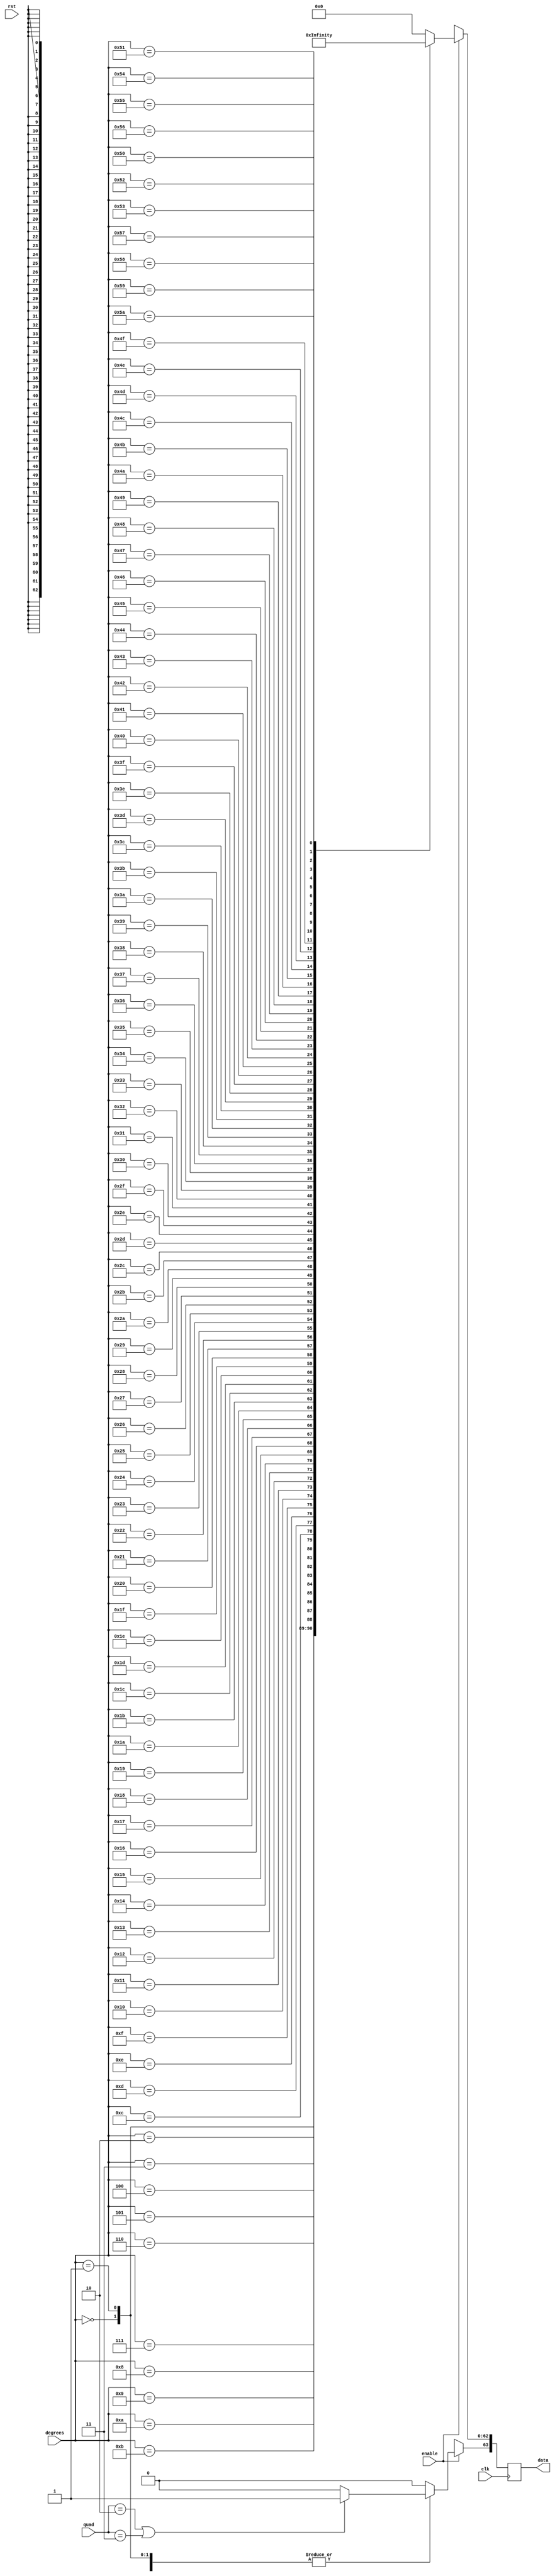
/////////////////////////////////////////////////////////////////////
////                                                             ////
////                                                          ////
////  Trigonometric functions using double precision Floating Point Unit        ////
////                                                             ////
////          muni_aditya@yahoo.com                                ////
////                                                             ////
/////////////////////////////////////////////////////////////////////
////                                                             ////
//// Copyright (C) 2013 Muni Aditya                           ////
////                  muni_aditya@yahoo.com                        ////
////                                                             ////
//// This source file may be used and distributed without        ////
//// restriction provided that this copyright statement is not   ////
//// removed from the file and that any derivative work contains ////
//// the original copyright notice and the associated disclaimer.////
////                                                             ////
////     THIS SOFTWARE IS PROVIDED ``AS IS'' AND WITHOUT ANY     ////
//// EXPRESS OR IMPLIED WARRANTIES, INCLUDING, BUT NOT LIMITED   ////
//// TO, THE IMPLIED WARRANTIES OF MERCHANTABILITY AND FITNESS   ////
//// FOR A PARTICULAR PURPOSE. IN NO EVENT SHALL THE AUTHOR      ////
//// OR CONTRIBUTORS BE LIABLE FOR ANY DIRECT, INDIRECT,         ////
//// INCIDENTAL, SPECIAL, EXEMPLARY, OR CONSEQUENTIAL DAMAGES    ////
//// (INCLUDING, BUT NOT LIMITED TO, PROCUREMENT OF SUBSTITUTE   ////
//// GOODS OR SERVICES; LOSS OF USE, DATA, OR PROFITS; OR        ////
//// BUSINESS INTERRUPTION) HOWEVER CAUSED AND ON ANY THEORY OF  ////
//// LIABILITY, WHETHER IN  CONTRACT, STRICT LIABILITY, OR TORT  ////
//// (INCLUDING NEGLIGENCE OR OTHERWISE) ARISING IN ANY WAY OUT  ////
//// OF THE USE OF THIS SOFTWARE, EVEN IF ADVISED OF THE         ////
//// POSSIBILITY OF SUCH DAMAGE.                                 ////
////                                                             ////
/////////////////////////////////////////////////////////////////////


`timescale 1ns / 100ps

`define INPUT_WIDTH 32

module cosecant_lut (quad, enable, degrees, data, rst, clk);

input [1:0] quad;
input enable;
input rst;
input [`INPUT_WIDTH-1:0] degrees ;
input clk;

//////////////inputs/////////////////

output reg [63:0] data;

//////////////output/////////////////


always@(posedge clk )

// needs to be positive in first and second quadrants


 begin
        if (quad == 2'b10 || quad == 2'b11)
        begin
        data[63] <= 1'b1;
        end

        else
        begin
        data[63] <= 1'b0;
        end
 
	if(enable)
	case (degrees)

// look up table
	  
`INPUT_WIDTH'd0  : data[62:0] <= 64'h7ff0000000000000;
`INPUT_WIDTH'd1  : data[62:0] <= 64'h404ca63b6cba7b71;
`INPUT_WIDTH'd2  : data[62:0] <= 64'h403ca7596e271c86;
`INPUT_WIDTH'd3  : data[62:0] <= 64'h40331b797e990dc0;
`INPUT_WIDTH'd4  : data[62:0] <= 64'h402cabd2100d036c;
`INPUT_WIDTH'd5  : data[62:0] <= 64'h4026f28a8ae3ab08;
`INPUT_WIDTH'd6  : data[62:0] <= 64'h4023222ff85e6006;
`INPUT_WIDTH'd7  : data[62:0] <= 64'h402069387b617567;
`INPUT_WIDTH'd8  : data[62:0] <= 64'h401cbdbe5febffb0;
`INPUT_WIDTH'd9  : data[62:0] <= 64'h401991df41de341d;
`INPUT_WIDTH'd10 : data[62:0] <= 64'h401708fb2129168e;
`INPUT_WIDTH'd11 : data[62:0] <= 64'h4014f69f90704701;
`INPUT_WIDTH'd12 : data[62:0] <= 64'h40133d2b00047f03;
`INPUT_WIDTH'd13 : data[62:0] <= 64'h4011c819f29be025;
`INPUT_WIDTH'd14 : data[62:0] <= 64'h401088c56499f439;
`INPUT_WIDTH'd15 : data[62:0] <= 64'h400ee8dd4748bf16;
`INPUT_WIDTH'd16 : data[62:0] <= 64'h400d060d6ac58d68;
`INPUT_WIDTH'd17 : data[62:0] <= 64'h400b5cc824ec982e;
`INPUT_WIDTH'd18 : data[62:0] <= 64'h4009e3779b97f4a8;
`INPUT_WIDTH'd19 : data[62:0] <= 64'h4008928aa26c4c08;
`INPUT_WIDTH'd20 : data[62:0] <= 64'h400763f38fb4cf95;
`INPUT_WIDTH'd21 : data[62:0] <= 64'h400652cbf905707a;
`INPUT_WIDTH'd22 : data[62:0] <= 64'h40055b11998752c1;
`INPUT_WIDTH'd23 : data[62:0] <= 64'h40047974b96de77f;
`INPUT_WIDTH'd24 : data[62:0] <= 64'h4003ab32fb93a3a7;
`INPUT_WIDTH'd25 : data[62:0] <= 64'h4002edfb187b1137;
`INPUT_WIDTH'd26 : data[62:0] <= 64'h40023fd71f682341;
`INPUT_WIDTH'd27 : data[62:0] <= 64'h40019f1b8c9526f0;
`INPUT_WIDTH'd28 : data[62:0] <= 64'h40010a59ff3c94be;
`INPUT_WIDTH'd29 : data[62:0] <= 64'h40008056af82561d;
`INPUT_WIDTH'd30 : data[62:0] <= 64'h4000000000000001;
`INPUT_WIDTH'd31 : data[62:0] <= 64'h3fff10cf62336e31;
`INPUT_WIDTH'd32 : data[62:0] <= 64'h3ffe317ab5700fce;
`INPUT_WIDTH'd33 : data[62:0] <= 64'h3ffd6093ce555fa8;
`INPUT_WIDTH'd34 : data[62:0] <= 64'h3ffc9cd7b485648a;
`INPUT_WIDTH'd35 : data[62:0] <= 64'h3ffbe52877982347;
`INPUT_WIDTH'd36 : data[62:0] <= 64'h3ffb38880b4603e4;
`INPUT_WIDTH'd37 : data[62:0] <= 64'h3ffa9613f8fd7862;
`INPUT_WIDTH'd38 : data[62:0] <= 64'h3ff9fd01bf93f3a3;
`INPUT_WIDTH'd39 : data[62:0] <= 64'h3ff96c9bc1d2abfe;
`INPUT_WIDTH'd40 : data[62:0] <= 64'h3ff8e43eaadf9334;
`INPUT_WIDTH'd41 : data[62:0] <= 64'h3ff863573463a809;
`INPUT_WIDTH'd42 : data[62:0] <= 64'h3ff7e9603e24eb24;
`INPUT_WIDTH'd43 : data[62:0] <= 64'h3ff775e129d20b11;
`INPUT_WIDTH'd44 : data[62:0] <= 64'h3ff7086c7026f77e;
`INPUT_WIDTH'd45 : data[62:0] <= 64'h3ff6a09e667f3bcd;
`INPUT_WIDTH'd46 : data[62:0] <= 64'h3ff63e1c2d781ada;
`INPUT_WIDTH'd47 : data[62:0] <= 64'h3ff5e092c2857578;
`INPUT_WIDTH'd48 : data[62:0] <= 64'h3ff587b62f6162b4;
`INPUT_WIDTH'd49 : data[62:0] <= 64'h3ff53340d31354d5;
`INPUT_WIDTH'd50 : data[62:0] <= 64'h3ff4e2f2c0fa463b;
`INPUT_WIDTH'd51 : data[62:0] <= 64'h3ff4969132d53892;
`INPUT_WIDTH'd52 : data[62:0] <= 64'h3ff44de60b3c3d86;
`INPUT_WIDTH'd53 : data[62:0] <= 64'h3ff408bf665efb99;
`INPUT_WIDTH'd54 : data[62:0] <= 64'h3ff3c6ef372fe94f;
`INPUT_WIDTH'd55 : data[62:0] <= 64'h3ff3884aef684af8;
`INPUT_WIDTH'd56 : data[62:0] <= 64'h3ff34cab310ac280;
`INPUT_WIDTH'd57 : data[62:0] <= 64'h3ff313eb883ae677;
`INPUT_WIDTH'd58 : data[62:0] <= 64'h3ff2ddea2c696f6a;
`INPUT_WIDTH'd59 : data[62:0] <= 64'h3ff2aa87c7f7612b;
`INPUT_WIDTH'd60 : data[62:0] <= 64'h3ff279a74590331d;
`INPUT_WIDTH'd61 : data[62:0] <= 64'h3ff24b2da2943b49;
`INPUT_WIDTH'd62 : data[62:0] <= 64'h3ff21f01c602373d;
`INPUT_WIDTH'd63 : data[62:0] <= 64'h3ff1f50c5b61511e;
`INPUT_WIDTH'd64 : data[62:0] <= 64'h3ff1cd37b13ce9c7;
`INPUT_WIDTH'd65 : data[62:0] <= 64'h3ff1a76f9ad128b7;
`INPUT_WIDTH'd66 : data[62:0] <= 64'h3ff183a154932d8b;
`INPUT_WIDTH'd67 : data[62:0] <= 64'h3ff161bb6b4a03f3;
`INPUT_WIDTH'd68 : data[62:0] <= 64'h3ff141ada5766663;
`INPUT_WIDTH'd69 : data[62:0] <= 64'h3ff12368eecf1f68;
`INPUT_WIDTH'd70 : data[62:0] <= 64'h3ff106df459ea073;
`INPUT_WIDTH'd71 : data[62:0] <= 64'h3ff0ec03a9d451e4;
`INPUT_WIDTH'd72 : data[62:0] <= 64'h3ff0d2ca0da1530d;
`INPUT_WIDTH'd73 : data[62:0] <= 64'h3ff0bb27477cf20f;
`INPUT_WIDTH'd74 : data[62:0] <= 64'h3ff0a51105712a50;
`INPUT_WIDTH'd75 : data[62:0] <= 64'h3ff0907dc1930690;
`INPUT_WIDTH'd76 : data[62:0] <= 64'h3ff07d64b78dea34;
`INPUT_WIDTH'd77 : data[62:0] <= 64'h3ff06bbddb2b91b8;
`INPUT_WIDTH'd78 : data[62:0] <= 64'h3ff05b81cfc51885;
`INPUT_WIDTH'd79 : data[62:0] <= 64'h3ff04ca9e08b8cb6;
`INPUT_WIDTH'd80 : data[62:0] <= 64'h3ff03f2ff9989907;
`INPUT_WIDTH'd81 : data[62:0] <= 64'h3ff0330ea1b99998;
`INPUT_WIDTH'd82 : data[62:0] <= 64'h3ff02840f4e91085;
`INPUT_WIDTH'd83 : data[62:0] <= 64'h3ff01ec29f6be927;
`INPUT_WIDTH'd84 : data[62:0] <= 64'h3ff0168fd9895209;
`INPUT_WIDTH'd85 : data[62:0] <= 64'h3ff00fa563d53203;
`INPUT_WIDTH'd86 : data[62:0] <= 64'h3ff00a008406617c;
`INPUT_WIDTH'd87 : data[62:0] <= 64'h3ff0059f0252e0bc;
`INPUT_WIDTH'd88 : data[62:0] <= 64'h3ff0027f274d432f;
`INPUT_WIDTH'd89 : data[62:0] <= 64'h3ff0009fba3f7835;
`INPUT_WIDTH'd90 : data[62:0] <= 64'h3ff0000000000000;


default:data <= 64'h0;

endcase

else 
  data <= 64'hxxxxxxxxxxxxxxx;



end

endmodule
/////////////////////////////////////////////////////////////////////
////                                                             ////
////                                                          ////
////  Trigonometric functions using double precision Floating Point Unit        ////
////                                                             ////
////          muni_aditya@yahoo.com                                ////
////                                                             ////
/////////////////////////////////////////////////////////////////////
////                                                             ////
//// Copyright (C) 2013 Muni Aditya                           ////
////                  muni_aditya@yahoo.com                        ////
////                                                             ////
//// This source file may be used and distributed without        ////
//// restriction provided that this copyright statement is not   ////
//// removed from the file and that any derivative work contains ////
//// the original copyright notice and the associated disclaimer.////
////                                                             ////
////     THIS SOFTWARE IS PROVIDED ``AS IS'' AND WITHOUT ANY     ////
//// EXPRESS OR IMPLIED WARRANTIES, INCLUDING, BUT NOT LIMITED   ////
//// TO, THE IMPLIED WARRANTIES OF MERCHANTABILITY AND FITNESS   ////
//// FOR A PARTICULAR PURPOSE. IN NO EVENT SHALL THE AUTHOR      ////
//// OR CONTRIBUTORS BE LIABLE FOR ANY DIRECT, INDIRECT,         ////
//// INCIDENTAL, SPECIAL, EXEMPLARY, OR CONSEQUENTIAL DAMAGES    ////
//// (INCLUDING, BUT NOT LIMITED TO, PROCUREMENT OF SUBSTITUTE   ////
//// GOODS OR SERVICES; LOSS OF USE, DATA, OR PROFITS; OR        ////
//// BUSINESS INTERRUPTION) HOWEVER CAUSED AND ON ANY THEORY OF  ////
//// LIABILITY, WHETHER IN  CONTRACT, STRICT LIABILITY, OR TORT  ////
//// (INCLUDING NEGLIGENCE OR OTHERWISE) ARISING IN ANY WAY OUT  ////
//// OF THE USE OF THIS SOFTWARE, EVEN IF ADVISED OF THE         ////
//// POSSIBILITY OF SUCH DAMAGE.                                 ////
////                                                             ////
/////////////////////////////////////////////////////////////////////

`timescale 1ns / 100ps

`define INPUT_WIDTH 32

module cosine_lut (quad, enable, degrees, data, rst, clk);

input [1:0] quad;
input enable;
input rst;
input [`INPUT_WIDTH-1:0] degrees ;
input clk;

//////////////inputs/////////////////

output reg [63:0] data;

//////////////output/////////////////


always@(posedge clk )

//needs to be positive in first and fourth quadrants

 begin
        if (quad == 2'b01 || quad == 2'b10)
        begin
        data[63] <= 1'b1;
        end

        else
        begin
        data[63] <= 1'b0;
        end

	if(enable)
	case (degrees)

//look up table
 
`INPUT_WIDTH'd0  : data[62:0] <= 64'h3ff0000000000000;
`INPUT_WIDTH'd1  : data[62:0] <= 64'h3feffec097f5af8a;
`INPUT_WIDTH'd2  : data[62:0] <= 64'h3feffb0278bf0567;
`INPUT_WIDTH'd3  : data[62:0] <= 64'h3feff4c5ed12e61d;
`INPUT_WIDTH'd4  : data[62:0] <= 64'h3fefec0b7170fff6;
`INPUT_WIDTH'd5  : data[62:0] <= 64'h3fefe0d3b41815a2;
`INPUT_WIDTH'd6  : data[62:0] <= 64'h3fefd31f94f867c6;
`INPUT_WIDTH'd7  : data[62:0] <= 64'h3fefc2f025a23e8b;
`INPUT_WIDTH'd8  : data[62:0] <= 64'h3fefb046a930947a;
`INPUT_WIDTH'd9  : data[62:0] <= 64'h3fef9b24942fe45c;
`INPUT_WIDTH'd10 : data[62:0] <= 64'h3fef838b8c811c17;
`INPUT_WIDTH'd11 : data[62:0] <= 64'h3fef697d6938b6c2;
`INPUT_WIDTH'd12 : data[62:0] <= 64'h3fef4cfc327a0080;
`INPUT_WIDTH'd13 : data[62:0] <= 64'h3fef2e0a214e870f;
`INPUT_WIDTH'd14 : data[62:0] <= 64'h3fef0ca99f79ba25;
`INPUT_WIDTH'd15 : data[62:0] <= 64'h3feee8dd4748bf15;
`INPUT_WIDTH'd16 : data[62:0] <= 64'h3feec2a7e35e7b80;
`INPUT_WIDTH'd17 : data[62:0] <= 64'h3fee9a0c6e7bdb20;
`INPUT_WIDTH'd18 : data[62:0] <= 64'h3fee6f0e134454ff;
`INPUT_WIDTH'd19 : data[62:0] <= 64'h3fee41b02bfeb4cb;
`INPUT_WIDTH'd20 : data[62:0] <= 64'h3fee11f642522d1c;
`INPUT_WIDTH'd21 : data[62:0] <= 64'h3feddfe40effb805;
`INPUT_WIDTH'd22 : data[62:0] <= 64'h3fedab7d7997cb58;
`INPUT_WIDTH'd23 : data[62:0] <= 64'h3fed74c6982c666f;
`INPUT_WIDTH'd24 : data[62:0] <= 64'h3fed3bc3aeff7f95;
`INPUT_WIDTH'd25 : data[62:0] <= 64'h3fed0079302dd767;
`INPUT_WIDTH'd26 : data[62:0] <= 64'h3fecc2ebbb5638ca;
`INPUT_WIDTH'd27 : data[62:0] <= 64'h3fec83201d3d2c6d;
`INPUT_WIDTH'd28 : data[62:0] <= 64'h3fec411b4f6d2708;
`INPUT_WIDTH'd29 : data[62:0] <= 64'h3febfce277d339c6;
`INPUT_WIDTH'd30 : data[62:0] <= 64'h3febb67ae8584cab;
`INPUT_WIDTH'd31 : data[62:0] <= 64'h3feb6dea1e76eade;
`INPUT_WIDTH'd32 : data[62:0] <= 64'h3feb2335c2cda945;
`INPUT_WIDTH'd33 : data[62:0] <= 64'h3fead663a8ae2fdc;
`INPUT_WIDTH'd34 : data[62:0] <= 64'h3fea8779cda8eea5;
`INPUT_WIDTH'd35 : data[62:0] <= 64'h3fea367e59158747;
`INPUT_WIDTH'd36 : data[62:0] <= 64'h3fe9e3779b97f4a8;
`INPUT_WIDTH'd37 : data[62:0] <= 64'h3fe98e6c0ea27a14;
`INPUT_WIDTH'd38 : data[62:0] <= 64'h3fe9376253f463d1;
`INPUT_WIDTH'd39 : data[62:0] <= 64'h3fe8de613515a328;
`INPUT_WIDTH'd40 : data[62:0] <= 64'h3fe8836fa2cf5039;
`INPUT_WIDTH'd41 : data[62:0] <= 64'h3fe82694b4a11c37;
`INPUT_WIDTH'd42 : data[62:0] <= 64'h3fe7c7d7a833bec2;
`INPUT_WIDTH'd43 : data[62:0] <= 64'h3fe7673fe0c86982;
`INPUT_WIDTH'd44 : data[62:0] <= 64'h3fe704d4e6a54d39;
`INPUT_WIDTH'd45 : data[62:0] <= 64'h3fe6a09e667f3bcd;
`INPUT_WIDTH'd46 : data[62:0] <= 64'h3fe63aa430e07311;
`INPUT_WIDTH'd47 : data[62:0] <= 64'h3fe5d2ee398c9c2b;
`INPUT_WIDTH'd48 : data[62:0] <= 64'h3fe5698496e20bd8;
`INPUT_WIDTH'd49 : data[62:0] <= 64'h3fe4fe6f81384fd5;
`INPUT_WIDTH'd50 : data[62:0] <= 64'h3fe491b7523c161d;
`INPUT_WIDTH'd51 : data[62:0] <= 64'h3fe4236484487abe;
`INPUT_WIDTH'd52 : data[62:0] <= 64'h3fe3b37fb1bdc939;
`INPUT_WIDTH'd53 : data[62:0] <= 64'h3fe342119455beb7;
`INPUT_WIDTH'd54 : data[62:0] <= 64'h3fe2cf2304755a5e;
`INPUT_WIDTH'd55 : data[62:0] <= 64'h3fe25abcf87c4979;
`INPUT_WIDTH'd56 : data[62:0] <= 64'h3fe1e4e88411fd12;
`INPUT_WIDTH'd57 : data[62:0] <= 64'h3fe16daed770771e;
`INPUT_WIDTH'd58 : data[62:0] <= 64'h3fe0f5193eacdd2a;
`INPUT_WIDTH'd59 : data[62:0] <= 64'h3fe07b3120fddf15;
`INPUT_WIDTH'd60 : data[62:0] <= 64'h3fe0000000000001;
`INPUT_WIDTH'd61 : data[62:0] <= 64'h3fdf071eedefa0ee;
`INPUT_WIDTH'd62 : data[62:0] <= 64'h3fde0bd27424507a;
`INPUT_WIDTH'd63 : data[62:0] <= 64'h3fdd0e2e2b44de01;
`INPUT_WIDTH'd64 : data[62:0] <= 64'h3fdc0e45dabe05c9;
`INPUT_WIDTH'd65 : data[62:0] <= 64'h3fdb0c2d77379853;
`INPUT_WIDTH'd66 : data[62:0] <= 64'h3fda07f921061ad4;
`INPUT_WIDTH'd67 : data[62:0] <= 64'h3fd901bd2298ffaa;
`INPUT_WIDTH'd68 : data[62:0] <= 64'h3fd7f98deee59684;
`INPUT_WIDTH'd69 : data[62:0] <= 64'h3fd6ef801fced33a;
`INPUT_WIDTH'd70 : data[62:0] <= 64'h3fd5e3a8748a0bf7;
`INPUT_WIDTH'd71 : data[62:0] <= 64'h3fd4d61bd000cddd;
`INPUT_WIDTH'd72 : data[62:0] <= 64'h3fd3c6ef372fe950;
`INPUT_WIDTH'd73 : data[62:0] <= 64'h3fd2b637cf83d5c8;
`INPUT_WIDTH'd74 : data[62:0] <= 64'h3fd1a40add328e29;
`INPUT_WIDTH'd75 : data[62:0] <= 64'h3fd0907dc1930690;
`INPUT_WIDTH'd76 : data[62:0] <= 64'h3fcef74bf2e4b91b;
`INPUT_WIDTH'd77 : data[62:0] <= 64'h3fcccb3236cdc67a;
`INPUT_WIDTH'd78 : data[62:0] <= 64'h3fca9cd9ac4258f2;
`INPUT_WIDTH'd79 : data[62:0] <= 64'h3fc86c6ddd766253;
`INPUT_WIDTH'd80 : data[62:0] <= 64'h3fc63a1a7e0b738c;
`INPUT_WIDTH'd81 : data[62:0] <= 64'h3fc4060b67a85377;
`INPUT_WIDTH'd82 : data[62:0] <= 64'h3fc1d06c968d9e1a;
`INPUT_WIDTH'd83 : data[62:0] <= 64'h3fbf32d44c4f62d4;
`INPUT_WIDTH'd84 : data[62:0] <= 64'h3fbac2609b3c576b;
`INPUT_WIDTH'd85 : data[62:0] <= 64'h3fb64fd6b8c28110;
`INPUT_WIDTH'd86 : data[62:0] <= 64'h3fb1db8f6d6a5123;
`INPUT_WIDTH'd87 : data[62:0] <= 64'h3faacbc748efc921;
`INPUT_WIDTH'd88 : data[62:0] <= 64'h3fa1de58c9f7dc37;
`INPUT_WIDTH'd89 : data[62:0] <= 64'h3f91df0b2b89dd37;
`INPUT_WIDTH'd90 : data[62:0] <= 64'h0000000000000000;

default:data <= 64'h0;

endcase

else 
  data <= 64'hxxxxxxxxxxxxxxx;




end

endmodule
/////////////////////////////////////////////////////////////////////
////                                                             ////
////                                                          ////
////  Trigonometric functions using double precision Floating Point Unit        ////
////                                                             ////
////          muni_aditya@yahoo.com                                ////
////                                                             ////
/////////////////////////////////////////////////////////////////////
////                                                             ////
//// Copyright (C) 2013 Muni Aditya                           ////
////                  muni_aditya@yahoo.com                        ////
////                                                             ////
//// This source file may be used and distributed without        ////
//// restriction provided that this copyright statement is not   ////
//// removed from the file and that any derivative work contains ////
//// the original copyright notice and the associated disclaimer.////
////                                                             ////
////     THIS SOFTWARE IS PROVIDED ``AS IS'' AND WITHOUT ANY     ////
//// EXPRESS OR IMPLIED WARRANTIES, INCLUDING, BUT NOT LIMITED   ////
//// TO, THE IMPLIED WARRANTIES OF MERCHANTABILITY AND FITNESS   ////
//// FOR A PARTICULAR PURPOSE. IN NO EVENT SHALL THE AUTHOR      ////
//// OR CONTRIBUTORS BE LIABLE FOR ANY DIRECT, INDIRECT,         ////
//// INCIDENTAL, SPECIAL, EXEMPLARY, OR CONSEQUENTIAL DAMAGES    ////
//// (INCLUDING, BUT NOT LIMITED TO, PROCUREMENT OF SUBSTITUTE   ////
//// GOODS OR SERVICES; LOSS OF USE, DATA, OR PROFITS; OR        ////
//// BUSINESS INTERRUPTION) HOWEVER CAUSED AND ON ANY THEORY OF  ////
//// LIABILITY, WHETHER IN  CONTRACT, STRICT LIABILITY, OR TORT  ////
//// (INCLUDING NEGLIGENCE OR OTHERWISE) ARISING IN ANY WAY OUT  ////
//// OF THE USE OF THIS SOFTWARE, EVEN IF ADVISED OF THE         ////
//// POSSIBILITY OF SUCH DAMAGE.                                 ////
////                                                             ////
/////////////////////////////////////////////////////////////////////

`timescale 1ns / 100ps

`define INPUT_WIDTH 32

module cotangent_lut (quad, enable, degrees, data, rst, clk);

input [1:0] quad;
input enable;
input rst;
input [`INPUT_WIDTH-1:0] degrees ;
input clk;

//////////////inputs/////////////////

output reg [63:0] data;

//////////////output/////////////////

always@(posedge clk )

// needs to be positive in first and third quadrants

 begin
        if (quad == 2'b01 || quad == 2'b11)
        begin
        data[63] <= 1'b1;
        end

        else
        begin
        data[63] <= 1'b0;
        end
   

	
	if(enable)
	case (degrees)
	  
//look up table

`INPUT_WIDTH'd0  : data[62:0] <= 64'h7ff0000000000000;
`INPUT_WIDTH'd1  : data[62:0] <= 64'h404ca51d76749a71;
`INPUT_WIDTH'd2  : data[62:0] <= 64'h403ca2e17ec2185c;
`INPUT_WIDTH'd3  : data[62:0] <= 64'h403314c55fbc4c67;
`INPUT_WIDTH'd4  : data[62:0] <= 64'h402c99f0ed772d4c;
`INPUT_WIDTH'd5  : data[62:0] <= 64'h4026dc2fd0bfdbe2;
`INPUT_WIDTH'd6  : data[62:0] <= 64'h4023075ac71a38c7;
`INPUT_WIDTH'd7  : data[62:0] <= 64'h402049e7c666e3fe;
`INPUT_WIDTH'd8  : data[62:0] <= 64'h401c76237b025ae8;
`INPUT_WIDTH'd9  : data[62:0] <= 64'h4019414813ba662c;
`INPUT_WIDTH'd10 : data[62:0] <= 64'h4016af648056a136;
`INPUT_WIDTH'd11 : data[62:0] <= 64'h40149405f7cc644c;
`INPUT_WIDTH'd12 : data[62:0] <= 64'h4012d18a8e2ff28c;
`INPUT_WIDTH'd13 : data[62:0] <= 64'h4011536e695dda95;
`INPUT_WIDTH'd14 : data[62:0] <= 64'h40100b0a2833d3c4;
`INPUT_WIDTH'd15 : data[62:0] <= 64'h400ddb3d742c2656;
`INPUT_WIDTH'd16 : data[62:0] <= 64'h400be6398b3f2869;
`INPUT_WIDTH'd17 : data[62:0] <= 64'h400a2ab4c713671e;
`INPUT_WIDTH'd18 : data[62:0] <= 64'h40089f188bdcd7b0;
`INPUT_WIDTH'd19 : data[62:0] <= 64'h40073bd2e9a270e0;
`INPUT_WIDTH'd20 : data[62:0] <= 64'h4005fad570f872d9;
`INPUT_WIDTH'd21 : data[62:0] <= 64'h4004d738ef803784;
`INPUT_WIDTH'd22 : data[62:0] <= 64'h4003ccfa561175d6;
`INPUT_WIDTH'd23 : data[62:0] <= 64'h4002d8c9200b5686;
`INPUT_WIDTH'd24 : data[62:0] <= 64'h4001f7e220cc4172;
`INPUT_WIDTH'd25 : data[62:0] <= 64'h400127f33e8d12e5;
`INPUT_WIDTH'd26 : data[62:0] <= 64'h40006705b35391e8;
`INPUT_WIDTH'd27 : data[62:0] <= 64'h3fff66da45fee3f1;
`INPUT_WIDTH'd28 : data[62:0] <= 64'h3ffe1774a2562593;
`INPUT_WIDTH'd29 : data[62:0] <= 64'h3ffcdd612dd501f4;
`INPUT_WIDTH'd30 : data[62:0] <= 64'h3ffbb67ae8584cab;
`INPUT_WIDTH'd31 : data[62:0] <= 64'h3ffaa0e385c196ab;
`INPUT_WIDTH'd32 : data[62:0] <= 64'h3ff99af8610e4105;
`INPUT_WIDTH'd33 : data[62:0] <= 64'h3ff8a34971bd7010;
`INPUT_WIDTH'd34 : data[62:0] <= 64'h3ff7b891d9a169b4;
`INPUT_WIDTH'd35 : data[62:0] <= 64'h3ff6d9b1b96ce128;
`INPUT_WIDTH'd36 : data[62:0] <= 64'h3ff605a90c73ab79;
`INPUT_WIDTH'd37 : data[62:0] <= 64'h3ff53b9359d2f919;
`INPUT_WIDTH'd38 : data[62:0] <= 64'h3ff47aa413b0ee1e;
`INPUT_WIDTH'd39 : data[62:0] <= 64'h3ff3c2238553dcee;
`INPUT_WIDTH'd40 : data[62:0] <= 64'h3ff3116c3711527e;
`INPUT_WIDTH'd41 : data[62:0] <= 64'h3ff267e8b3f5da82;
`INPUT_WIDTH'd42 : data[62:0] <= 64'h3ff1c511a0db83e3;
`INPUT_WIDTH'd43 : data[62:0] <= 64'h3ff1286c17acf49b;
`INPUT_WIDTH'd44 : data[62:0] <= 64'h3ff091883bfbf42e;
`INPUT_WIDTH'd45 : data[62:0] <= 64'h3ff0000000000001;
`INPUT_WIDTH'd46 : data[62:0] <= 64'h3feee6ec253d2464;
`INPUT_WIDTH'd47 : data[62:0] <= 64'h3fedd729e0bf9cb6;
`INPUT_WIDTH'd48 : data[62:0] <= 64'h3fecd01c246e4060;
`INPUT_WIDTH'd49 : data[62:0] <= 64'h3febd1326bb88d13;
`INPUT_WIDTH'd50 : data[62:0] <= 64'h3fead9e7783fbf1e;
`INPUT_WIDTH'd51 : data[62:0] <= 64'h3fe9e9c0346ca839;
`INPUT_WIDTH'd52 : data[62:0] <= 64'h3fe9004ab6d5cc93;
`INPUT_WIDTH'd53 : data[62:0] <= 64'h3fe81d1d621eb711;
`INPUT_WIDTH'd54 : data[62:0] <= 64'h3fe73fd61d9df544;
`INPUT_WIDTH'd55 : data[62:0] <= 64'h3fe66819a3a0bf7b;
`INPUT_WIDTH'd56 : data[62:0] <= 64'h3fe59592e296c625;
`INPUT_WIDTH'd57 : data[62:0] <= 64'h3fe4c7f26ed1d60f;
`INPUT_WIDTH'd58 : data[62:0] <= 64'h3fe3feee02d72514;
`INPUT_WIDTH'd59 : data[62:0] <= 64'h3fe33a400c85af9f;
`INPUT_WIDTH'd60 : data[62:0] <= 64'h3fe279a74590331e;
`INPUT_WIDTH'd61 : data[62:0] <= 64'h3fe1bce655fbb9bf;
`INPUT_WIDTH'd62 : data[62:0] <= 64'h3fe103c37f7ebedc;
`INPUT_WIDTH'd63 : data[62:0] <= 64'h3fe04e0850c1dd5d;
`INPUT_WIDTH'd64 : data[62:0] <= 64'h3fdf3702bf455cf5;
`INPUT_WIDTH'd65 : data[62:0] <= 64'h3fddd7fc13699ab1;
`INPUT_WIDTH'd66 : data[62:0] <= 64'h3fdc7ea074a90a11;
`INPUT_WIDTH'd67 : data[62:0] <= 64'h3fdb2a986b66229e;
`INPUT_WIDTH'd68 : data[62:0] <= 64'h3fd9db90d0ac0d44;
`INPUT_WIDTH'd69 : data[62:0] <= 64'h3fd8913a75259d04;
`INPUT_WIDTH'd70 : data[62:0] <= 64'h3fd74b49cf3902d6;
`INPUT_WIDTH'd71 : data[62:0] <= 64'h3fd60976af8c1614;
`INPUT_WIDTH'd72 : data[62:0] <= 64'h3fd4cb7bfb4961b0;
`INPUT_WIDTH'd73 : data[62:0] <= 64'h3fd391176b8feb5b;
`INPUT_WIDTH'd74 : data[62:0] <= 64'h3fd25a0951873b22;
`INPUT_WIDTH'd75 : data[62:0] <= 64'h3fd126145e9ecd56;
`INPUT_WIDTH'd76 : data[62:0] <= 64'h3fcfe9fae1181f52;
`INPUT_WIDTH'd77 : data[62:0] <= 64'h3fcd8d16c1491599;
`INPUT_WIDTH'd78 : data[62:0] <= 64'h3fcb350dac762348;
`INPUT_WIDTH'd79 : data[62:0] <= 64'h3fc8e174375dceba;
`INPUT_WIDTH'd80 : data[62:0] <= 64'h3fc691e1ebc5cbbf;
`INPUT_WIDTH'd81 : data[62:0] <= 64'h3fc445f0fbb1cf93;
`INPUT_WIDTH'd82 : data[62:0] <= 64'h3fc1fd3df8664fe6;
`INPUT_WIDTH'd83 : data[62:0] <= 64'h3fbf6ecf19881d32;
`INPUT_WIDTH'd84 : data[62:0] <= 64'h3fbae81c75231d96;
`INPUT_WIDTH'd85 : data[62:0] <= 64'h3fb665a8349d55ee;
`INPUT_WIDTH'd86 : data[62:0] <= 64'h3fb1e6b93a6931ff;
`INPUT_WIDTH'd87 : data[62:0] <= 64'h3faad53144273e86;
`INPUT_WIDTH'd88 : data[62:0] <= 64'h3fa1e12295d61fd2;
`INPUT_WIDTH'd89 : data[62:0] <= 64'h3f91dfbd9410a43b;
`INPUT_WIDTH'd90 : data[62:0] <= 64'h0000000000000000;


default:data <= 64'h0;

endcase

else 
  data <= 64'hxxxxxxxxxxxxxxx;



end


endmodule
/////////////////////////////////////////////////////////////////////
////                                                             ////
////                                                          ////
////  Trigonometric functions using double precision Floating Point Unit        ////
////                                                             ////
////          muni_aditya@yahoo.com                                ////
////                                                             ////
/////////////////////////////////////////////////////////////////////
////                                                             ////
//// Copyright (C) 2013 Muni Aditya                           ////
////                  muni_aditya@yahoo.com                        ////
////                                                             ////
//// This source file may be used and distributed without        ////
//// restriction provided that this copyright statement is not   ////
//// removed from the file and that any derivative work contains ////
//// the original copyright notice and the associated disclaimer.////
////                                                             ////
////     THIS SOFTWARE IS PROVIDED ``AS IS'' AND WITHOUT ANY     ////
//// EXPRESS OR IMPLIED WARRANTIES, INCLUDING, BUT NOT LIMITED   ////
//// TO, THE IMPLIED WARRANTIES OF MERCHANTABILITY AND FITNESS   ////
//// FOR A PARTICULAR PURPOSE. IN NO EVENT SHALL THE AUTHOR      ////
//// OR CONTRIBUTORS BE LIABLE FOR ANY DIRECT, INDIRECT,         ////
//// INCIDENTAL, SPECIAL, EXEMPLARY, OR CONSEQUENTIAL DAMAGES    ////
//// (INCLUDING, BUT NOT LIMITED TO, PROCUREMENT OF SUBSTITUTE   ////
//// GOODS OR SERVICES; LOSS OF USE, DATA, OR PROFITS; OR        ////
//// BUSINESS INTERRUPTION) HOWEVER CAUSED AND ON ANY THEORY OF  ////
//// LIABILITY, WHETHER IN  CONTRACT, STRICT LIABILITY, OR TORT  ////
//// (INCLUDING NEGLIGENCE OR OTHERWISE) ARISING IN ANY WAY OUT  ////
//// OF THE USE OF THIS SOFTWARE, EVEN IF ADVISED OF THE         ////
//// POSSIBILITY OF SUCH DAMAGE.                                 ////
////                                                             ////
/////////////////////////////////////////////////////////////////////

`timescale 1ns / 100ps

`define INPUT_WIDTH 32
 


module dividor (clk, inp, rst, out);
  
  input clk;
  input [`INPUT_WIDTH-1:0] inp;
  input rst;

//////////////inputs/////////////////

  output  reg [`INPUT_WIDTH-1:0] out;

//////////////output/////////////////  
  
 wire [`INPUT_WIDTH-1:0]DIVISOR = `INPUT_WIDTH'd360 ;
 
  
  always @ (posedge clk)

// modulo division 

   if(rst)
     out <= 8'd0 ;
   else 
    out <= inp % DIVISOR ;
    
    

   
     
 endmodule
  
/////////////////////////////////////////////////////////////////////
////                                                             ////
////                                                          ////
////  Trigonometric functions using double precision Floating Point Unit        ////
////                                                             ////
////          muni_aditya@yahoo.com                                ////
////                                                             ////
/////////////////////////////////////////////////////////////////////
////                                                             ////
//// Copyright (C) 2013 Muni Aditya                           ////
////                  muni_aditya@yahoo.com                        ////
////                                                             ////
//// This source file may be used and distributed without        ////
//// restriction provided that this copyright statement is not   ////
//// removed from the file and that any derivative work contains ////
//// the original copyright notice and the associated disclaimer.////
////                                                             ////
////     THIS SOFTWARE IS PROVIDED ``AS IS'' AND WITHOUT ANY     ////
//// EXPRESS OR IMPLIED WARRANTIES, INCLUDING, BUT NOT LIMITED   ////
//// TO, THE IMPLIED WARRANTIES OF MERCHANTABILITY AND FITNESS   ////
//// FOR A PARTICULAR PURPOSE. IN NO EVENT SHALL THE AUTHOR      ////
//// OR CONTRIBUTORS BE LIABLE FOR ANY DIRECT, INDIRECT,         ////
//// INCIDENTAL, SPECIAL, EXEMPLARY, OR CONSEQUENTIAL DAMAGES    ////
//// (INCLUDING, BUT NOT LIMITED TO, PROCUREMENT OF SUBSTITUTE   ////
//// GOODS OR SERVICES; LOSS OF USE, DATA, OR PROFITS; OR        ////
//// BUSINESS INTERRUPTION) HOWEVER CAUSED AND ON ANY THEORY OF  ////
//// LIABILITY, WHETHER IN  CONTRACT, STRICT LIABILITY, OR TORT  ////
//// (INCLUDING NEGLIGENCE OR OTHERWISE) ARISING IN ANY WAY OUT  ////
//// OF THE USE OF THIS SOFTWARE, EVEN IF ADVISED OF THE         ////
//// POSSIBILITY OF SUCH DAMAGE.                                 ////
////                                                             ////
/////////////////////////////////////////////////////////////////////

`timescale 1ns / 100ps

`define INPUT_WIDTH 32

module secant_lut (quad, enable, degrees, data, rst, clk);

input [1:0] quad;
input enable;
input rst;
input [`INPUT_WIDTH-1:0] degrees ;
input clk;

//////////////inputs/////////////////

output reg [63:0] data;

//////////////output/////////////////


always@(posedge clk )

//needs to be positive in first and fourth quadrants

 begin
        if (quad == 2'b01 || quad == 2'b10)
        begin
        data[63] <= 1'b1;
        end

        else
        begin
        data[63] <= 1'b0;
        end

	if(enable)
	case (degrees)

// look up table
	  
`INPUT_WIDTH'd0  : data[62:0] <= 64'h3ff0000000000000;
`INPUT_WIDTH'd1  : data[62:0] <= 64'h3ff0009fba3f7835;
`INPUT_WIDTH'd2  : data[62:0] <= 64'h3ff0027f274d432f;
`INPUT_WIDTH'd3  : data[62:0] <= 64'h3ff0059f0252e0bc;
`INPUT_WIDTH'd4  : data[62:0] <= 64'h3ff00a008406617c;
`INPUT_WIDTH'd5  : data[62:0] <= 64'h3ff00fa563d53203;
`INPUT_WIDTH'd6  : data[62:0] <= 64'h3ff0168fd9895209;
`INPUT_WIDTH'd7  : data[62:0] <= 64'h3ff01ec29f6be927;
`INPUT_WIDTH'd8  : data[62:0] <= 64'h3ff02840f4e91085;
`INPUT_WIDTH'd9  : data[62:0] <= 64'h3ff0330ea1b99998;
`INPUT_WIDTH'd10 : data[62:0] <= 64'h3ff03f2ff9989907;
`INPUT_WIDTH'd11 : data[62:0] <= 64'h3ff04ca9e08b8cb6;
`INPUT_WIDTH'd12 : data[62:0] <= 64'h3ff05b81cfc51885;
`INPUT_WIDTH'd13 : data[62:0] <= 64'h3ff06bbddb2b91b8;
`INPUT_WIDTH'd14 : data[62:0] <= 64'h3ff07d64b78dea34;
`INPUT_WIDTH'd15 : data[62:0] <= 64'h3ff0907dc1930690;
`INPUT_WIDTH'd16 : data[62:0] <= 64'h3ff0a51105712a50;
`INPUT_WIDTH'd17 : data[62:0] <= 64'h3ff0bb27477cf20f;
`INPUT_WIDTH'd18 : data[62:0] <= 64'h3ff0d2ca0da1530d;
`INPUT_WIDTH'd19 : data[62:0] <= 64'h3ff0ec03a9d451e4;
`INPUT_WIDTH'd20 : data[62:0] <= 64'h3ff106df459ea072;
`INPUT_WIDTH'd21 : data[62:0] <= 64'h3ff12368eecf1f68;
`INPUT_WIDTH'd22 : data[62:0] <= 64'h3ff141ada5766662;
`INPUT_WIDTH'd23 : data[62:0] <= 64'h3ff161bb6b4a03f3;
`INPUT_WIDTH'd24 : data[62:0] <= 64'h3ff183a154932d8b;
`INPUT_WIDTH'd25 : data[62:0] <= 64'h3ff1a76f9ad128b7;
`INPUT_WIDTH'd26 : data[62:0] <= 64'h3ff1cd37b13ce9c7;
`INPUT_WIDTH'd27 : data[62:0] <= 64'h3ff1f50c5b61511e;
`INPUT_WIDTH'd28 : data[62:0] <= 64'h3ff21f01c602373c;
`INPUT_WIDTH'd29 : data[62:0] <= 64'h3ff24b2da2943b49;
`INPUT_WIDTH'd30 : data[62:0] <= 64'h3ff279a74590331c;
`INPUT_WIDTH'd31 : data[62:0] <= 64'h3ff2aa87c7f7612a;
`INPUT_WIDTH'd32 : data[62:0] <= 64'h3ff2ddea2c696f6a;
`INPUT_WIDTH'd33 : data[62:0] <= 64'h3ff313eb883ae676;
`INPUT_WIDTH'd34 : data[62:0] <= 64'h3ff34cab310ac280;
`INPUT_WIDTH'd35 : data[62:0] <= 64'h3ff3884aef684af8;
`INPUT_WIDTH'd36 : data[62:0] <= 64'h3ff3c6ef372fe94f;
`INPUT_WIDTH'd37 : data[62:0] <= 64'h3ff408bf665efb99;
`INPUT_WIDTH'd38 : data[62:0] <= 64'h3ff44de60b3c3d86;
`INPUT_WIDTH'd39 : data[62:0] <= 64'h3ff4969132d53891;
`INPUT_WIDTH'd40 : data[62:0] <= 64'h3ff4e2f2c0fa463b;
`INPUT_WIDTH'd41 : data[62:0] <= 64'h3ff53340d31354d4;
`INPUT_WIDTH'd42 : data[62:0] <= 64'h3ff587b62f6162b3;
`INPUT_WIDTH'd43 : data[62:0] <= 64'h3ff5e092c2857578;
`INPUT_WIDTH'd44 : data[62:0] <= 64'h3ff63e1c2d781ad9;
`INPUT_WIDTH'd45 : data[62:0] <= 64'h3ff6a09e667f3bcc;
`INPUT_WIDTH'd46 : data[62:0] <= 64'h3ff7086c7026f77d;
`INPUT_WIDTH'd47 : data[62:0] <= 64'h3ff775e129d20b11;
`INPUT_WIDTH'd48 : data[62:0] <= 64'h3ff7e9603e24eb24;
`INPUT_WIDTH'd49 : data[62:0] <= 64'h3ff863573463a808;
`INPUT_WIDTH'd50 : data[62:0] <= 64'h3ff8e43eaadf9333;
`INPUT_WIDTH'd51 : data[62:0] <= 64'h3ff96c9bc1d2abfe;
`INPUT_WIDTH'd52 : data[62:0] <= 64'h3ff9fd01bf93f3a3;
`INPUT_WIDTH'd53 : data[62:0] <= 64'h3ffa9613f8fd7861;
`INPUT_WIDTH'd54 : data[62:0] <= 64'h3ffb38880b4603e4;
`INPUT_WIDTH'd55 : data[62:0] <= 64'h3ffbe52877982345;
`INPUT_WIDTH'd56 : data[62:0] <= 64'h3ffc9cd7b485648a;
`INPUT_WIDTH'd57 : data[62:0] <= 64'h3ffd6093ce555fa5;
`INPUT_WIDTH'd58 : data[62:0] <= 64'h3ffe317ab5700fce;
`INPUT_WIDTH'd59 : data[62:0] <= 64'h3fff10cf62336e2d;
`INPUT_WIDTH'd60 : data[62:0] <= 64'h3ffffffffffffffe;
`INPUT_WIDTH'd61 : data[62:0] <= 64'h40008056af82561c;
`INPUT_WIDTH'd62 : data[62:0] <= 64'h40010a59ff3c94be;
`INPUT_WIDTH'd63 : data[62:0] <= 64'h40019f1b8c9526ef;
`INPUT_WIDTH'd64 : data[62:0] <= 64'h40023fd71f682340;
`INPUT_WIDTH'd65 : data[62:0] <= 64'h4002edfb187b1137;
`INPUT_WIDTH'd66 : data[62:0] <= 64'h4003ab32fb93a3a4;
`INPUT_WIDTH'd67 : data[62:0] <= 64'h40047974b96de77f;
`INPUT_WIDTH'd68 : data[62:0] <= 64'h40055b11998752bf;
`INPUT_WIDTH'd69 : data[62:0] <= 64'h400652cbf905707c;
`INPUT_WIDTH'd70 : data[62:0] <= 64'h400763f38fb4cf92;
`INPUT_WIDTH'd71 : data[62:0] <= 64'h4008928aa26c4c06;
`INPUT_WIDTH'd72 : data[62:0] <= 64'h4009e3779b97f4a7;
`INPUT_WIDTH'd73 : data[62:0] <= 64'h400b5cc824ec982d;
`INPUT_WIDTH'd74 : data[62:0] <= 64'h400d060d6ac58d68;
`INPUT_WIDTH'd75 : data[62:0] <= 64'h400ee8dd4748bf16;
`INPUT_WIDTH'd76 : data[62:0] <= 64'h401088c56499f43a;
`INPUT_WIDTH'd77 : data[62:0] <= 64'h4011c819f29be021;
`INPUT_WIDTH'd78 : data[62:0] <= 64'h40133d2b00047f05;
`INPUT_WIDTH'd79 : data[62:0] <= 64'h4014f69f907046fe;
`INPUT_WIDTH'd80 : data[62:0] <= 64'h401708fb2129168b;
`INPUT_WIDTH'd81 : data[62:0] <= 64'h401991df41de341a;
`INPUT_WIDTH'd82 : data[62:0] <= 64'h401cbdbe5febffaf;
`INPUT_WIDTH'd83 : data[62:0] <= 64'h402069387b617567;
`INPUT_WIDTH'd84 : data[62:0] <= 64'h4023222ff85e6006;
`INPUT_WIDTH'd85 : data[62:0] <= 64'h4026f28a8ae3aafa;
`INPUT_WIDTH'd86 : data[62:0] <= 64'h402cabd2100d0374;
`INPUT_WIDTH'd87 : data[62:0] <= 64'h40331b797e990db2;
`INPUT_WIDTH'd88 : data[62:0] <= 64'h403ca7596e271c6c;
`INPUT_WIDTH'd89 : data[62:0] <= 64'h404ca63b6cba7b49;
`INPUT_WIDTH'd90 : data[62:0] <= 64'h7ff0000000000000;


default:data <= 64'h0;

endcase

else 
  data <= 64'hxxxxxxxxxxxxxxx;



end

endmodule
/////////////////////////////////////////////////////////////////////
////                                                             ////
////                                                          ////
////  Trigonometric functions using double precision Floating Point Unit        ////
////                                                             ////
////          muni_aditya@yahoo.com                                ////
////                                                             ////
/////////////////////////////////////////////////////////////////////
////                                                             ////
//// Copyright (C) 2013 Muni Aditya                           ////
////                  muni_aditya@yahoo.com                        ////
////                                                             ////
//// This source file may be used and distributed without        ////
//// restriction provided that this copyright statement is not   ////
//// removed from the file and that any derivative work contains ////
//// the original copyright notice and the associated disclaimer.////
////                                                             ////
////     THIS SOFTWARE IS PROVIDED ``AS IS'' AND WITHOUT ANY     ////
//// EXPRESS OR IMPLIED WARRANTIES, INCLUDING, BUT NOT LIMITED   ////
//// TO, THE IMPLIED WARRANTIES OF MERCHANTABILITY AND FITNESS   ////
//// FOR A PARTICULAR PURPOSE. IN NO EVENT SHALL THE AUTHOR      ////
//// OR CONTRIBUTORS BE LIABLE FOR ANY DIRECT, INDIRECT,         ////
//// INCIDENTAL, SPECIAL, EXEMPLARY, OR CONSEQUENTIAL DAMAGES    ////
//// (INCLUDING, BUT NOT LIMITED TO, PROCUREMENT OF SUBSTITUTE   ////
//// GOODS OR SERVICES; LOSS OF USE, DATA, OR PROFITS; OR        ////
//// BUSINESS INTERRUPTION) HOWEVER CAUSED AND ON ANY THEORY OF  ////
//// LIABILITY, WHETHER IN  CONTRACT, STRICT LIABILITY, OR TORT  ////
//// (INCLUDING NEGLIGENCE OR OTHERWISE) ARISING IN ANY WAY OUT  ////
//// OF THE USE OF THIS SOFTWARE, EVEN IF ADVISED OF THE         ////
//// POSSIBILITY OF SUCH DAMAGE.                                 ////
////                                                             ////
/////////////////////////////////////////////////////////////////////


`timescale 1ns / 100ps

`define INPUT_WIDTH 32

module sine_lut (quad, enable, degrees, data, rst, clk);

input [1:0] quad;
input enable;
input rst;
input [`INPUT_WIDTH-1:0] degrees ;
input clk;

//////////////inputs/////////////////

output reg [63:0] data;

//////////////output/////////////////


always@(posedge clk )

// needs to be positive in first and second quadrants

   
   begin
        if (quad == 2'b10 || quad == 2'b11)
        begin
        data[63] <= 1'b1;
        end

        else
        begin
        data[63] <= 1'b0;
        end

	if(enable)
	case (degrees)
 
//look up table

`INPUT_WIDTH'd0  : data[62:0] <= 64'h0000000000000000;
`INPUT_WIDTH'd1  : data[62:0] <= 64'h3f91df0b2b89dd1e;
`INPUT_WIDTH'd2  : data[62:0] <= 64'h3fa1de58c9f7dc27;
`INPUT_WIDTH'd3  : data[62:0] <= 64'h3faacbc748efc90d;
`INPUT_WIDTH'd4  : data[62:0] <= 64'h3fb1db8f6d6a5128;
`INPUT_WIDTH'd5  : data[62:0] <= 64'h3fb64fd6b8c28102;
`INPUT_WIDTH'd6  : data[62:0] <= 64'h3fbac2609b3c576b;
`INPUT_WIDTH'd7  : data[62:0] <= 64'h3fbf32d44c4f62d3;
`INPUT_WIDTH'd8  : data[62:0] <= 64'h3fc1d06c968d9e19;
`INPUT_WIDTH'd9  : data[62:0] <= 64'h3fc4060b67a85375;
`INPUT_WIDTH'd10 : data[62:0] <= 64'h3fc63a1a7e0b7389;
`INPUT_WIDTH'd11 : data[62:0] <= 64'h3fc86c6ddd76624f;
`INPUT_WIDTH'd12 : data[62:0] <= 64'h3fca9cd9ac4258f5;
`INPUT_WIDTH'd13 : data[62:0] <= 64'h3fcccb3236cdc674;
`INPUT_WIDTH'd14 : data[62:0] <= 64'h3fcef74bf2e4b91d;
`INPUT_WIDTH'd15 : data[62:0] <= 64'h3fd0907dc1930690;
`INPUT_WIDTH'd16 : data[62:0] <= 64'h3fd1a40add328e29;
`INPUT_WIDTH'd17 : data[62:0] <= 64'h3fd2b637cf83d5c7;
`INPUT_WIDTH'd18 : data[62:0] <= 64'h3fd3c6ef372fe94f;
`INPUT_WIDTH'd19 : data[62:0] <= 64'h3fd4d61bd000cddc;
`INPUT_WIDTH'd20 : data[62:0] <= 64'h3fd5e3a8748a0bf5;
`INPUT_WIDTH'd21 : data[62:0] <= 64'h3fd6ef801fced33c;
`INPUT_WIDTH'd22 : data[62:0] <= 64'h3fd7f98deee59681;
`INPUT_WIDTH'd23 : data[62:0] <= 64'h3fd901bd2298ffaa;
`INPUT_WIDTH'd24 : data[62:0] <= 64'h3fda07f921061ad0;
`INPUT_WIDTH'd25 : data[62:0] <= 64'h3fdb0c2d77379853;
`INPUT_WIDTH'd26 : data[62:0] <= 64'h3fdc0e45dabe05c8;
`INPUT_WIDTH'd27 : data[62:0] <= 64'h3fdd0e2e2b44de00;
`INPUT_WIDTH'd28 : data[62:0] <= 64'h3fde0bd274245079;
`INPUT_WIDTH'd29 : data[62:0] <= 64'h3fdf071eedefa0ed;
`INPUT_WIDTH'd30 : data[62:0] <= 64'h3fdfffffffffffff;
`INPUT_WIDTH'd31 : data[62:0] <= 64'h3fe07b3120fddf13;
`INPUT_WIDTH'd32 : data[62:0] <= 64'h3fe0f5193eacdd2a;
`INPUT_WIDTH'd33 : data[62:0] <= 64'h3fe16daed770771c;
`INPUT_WIDTH'd34 : data[62:0] <= 64'h3fe1e4e88411fd12;
`INPUT_WIDTH'd35 : data[62:0] <= 64'h3fe25abcf87c4978;
`INPUT_WIDTH'd36 : data[62:0] <= 64'h3fe2cf2304755a5e;
`INPUT_WIDTH'd37 : data[62:0] <= 64'h3fe342119455beb6;
`INPUT_WIDTH'd38 : data[62:0] <= 64'h3fe3b37fb1bdc939;
`INPUT_WIDTH'd39 : data[62:0] <= 64'h3fe4236484487abe;
`INPUT_WIDTH'd40 : data[62:0] <= 64'h3fe491b7523c161c;
`INPUT_WIDTH'd41 : data[62:0] <= 64'h3fe4fe6f81384fd4;
`INPUT_WIDTH'd42 : data[62:0] <= 64'h3fe5698496e20bd8;
`INPUT_WIDTH'd43 : data[62:0] <= 64'h3fe5d2ee398c9c2b;
`INPUT_WIDTH'd44 : data[62:0] <= 64'h3fe63aa430e07310;
`INPUT_WIDTH'd45 : data[62:0] <= 64'h3fe6a09e667f3bcc;
`INPUT_WIDTH'd46 : data[62:0] <= 64'h3fe704d4e6a54d38;
`INPUT_WIDTH'd47 : data[62:0] <= 64'h3fe7673fe0c86982;
`INPUT_WIDTH'd48 : data[62:0] <= 64'h3fe7c7d7a833bec1;
`INPUT_WIDTH'd49 : data[62:0] <= 64'h3fe82694b4a11c36;
`INPUT_WIDTH'd50 : data[62:0] <= 64'h3fe8836fa2cf5039;
`INPUT_WIDTH'd51 : data[62:0] <= 64'h3fe8de613515a327;
`INPUT_WIDTH'd52 : data[62:0] <= 64'h3fe9376253f463d1;
`INPUT_WIDTH'd53 : data[62:0] <= 64'h3fe98e6c0ea27a14;
`INPUT_WIDTH'd54 : data[62:0] <= 64'h3fe9e3779b97f4a8;
`INPUT_WIDTH'd55 : data[62:0] <= 64'h3fea367e59158747;
`INPUT_WIDTH'd56 : data[62:0] <= 64'h3fea8779cda8eea5;
`INPUT_WIDTH'd57 : data[62:0] <= 64'h3fead663a8ae2fdb;
`INPUT_WIDTH'd58 : data[62:0] <= 64'h3feb2335c2cda945;
`INPUT_WIDTH'd59 : data[62:0] <= 64'h3feb6dea1e76eadd;
`INPUT_WIDTH'd60 : data[62:0] <= 64'h3febb67ae8584caa;
`INPUT_WIDTH'd61 : data[62:0] <= 64'h3febfce277d339c6;
`INPUT_WIDTH'd62 : data[62:0] <= 64'h3fec411b4f6d2707;
`INPUT_WIDTH'd63 : data[62:0] <= 64'h3fec83201d3d2c6c;
`INPUT_WIDTH'd64 : data[62:0] <= 64'h3fecc2ebbb5638ca;
`INPUT_WIDTH'd65 : data[62:0] <= 64'h3fed0079302dd767;
`INPUT_WIDTH'd66 : data[62:0] <= 64'h3fed3bc3aeff7f95;
`INPUT_WIDTH'd67 : data[62:0] <= 64'h3fed74c6982c666f;
`INPUT_WIDTH'd68 : data[62:0] <= 64'h3fedab7d7997cb57;
`INPUT_WIDTH'd69 : data[62:0] <= 64'h3feddfe40effb805;
`INPUT_WIDTH'd70 : data[62:0] <= 64'h3fee11f642522d1b;
`INPUT_WIDTH'd71 : data[62:0] <= 64'h3fee41b02bfeb4ca;
`INPUT_WIDTH'd72 : data[62:0] <= 64'h3fee6f0e134454ff;
`INPUT_WIDTH'd73 : data[62:0] <= 64'h3fee9a0c6e7bdb1f;
`INPUT_WIDTH'd74 : data[62:0] <= 64'h3feec2a7e35e7b80;
`INPUT_WIDTH'd75 : data[62:0] <= 64'h3feee8dd4748bf15;
`INPUT_WIDTH'd76 : data[62:0] <= 64'h3fef0ca99f79ba25;
`INPUT_WIDTH'd77 : data[62:0] <= 64'h3fef2e0a214e870f;
`INPUT_WIDTH'd78 : data[62:0] <= 64'h3fef4cfc327a0080;
`INPUT_WIDTH'd79 : data[62:0] <= 64'h3fef697d6938b6c2;
`INPUT_WIDTH'd80 : data[62:0] <= 64'h3fef838b8c811c17;
`INPUT_WIDTH'd81 : data[62:0] <= 64'h3fef9b24942fe45c;
`INPUT_WIDTH'd82 : data[62:0] <= 64'h3fefb046a930947a;
`INPUT_WIDTH'd83 : data[62:0] <= 64'h3fefc2f025a23e8b;
`INPUT_WIDTH'd84 : data[62:0] <= 64'h3fefd31f94f867c6;
`INPUT_WIDTH'd85 : data[62:0] <= 64'h3fefe0d3b41815a2;
`INPUT_WIDTH'd86 : data[62:0] <= 64'h3fefec0b7170fff6;
`INPUT_WIDTH'd87 : data[62:0] <= 64'h3feff4c5ed12e61d;
`INPUT_WIDTH'd88 : data[62:0] <= 64'h3feffb0278bf0567;
`INPUT_WIDTH'd89 : data[62:0] <= 64'h3feffec097f5af8a;
`INPUT_WIDTH'd90 : data[62:0] <= 64'h3ff0000000000000;

default:data <= 64'h0;

endcase

else 
  data <= 64'hxxxxxxxxxxxxxxx;



end


endmodule
/////////////////////////////////////////////////////////////////////
////                                                             ////
////                                                          ////
////  Trigonometric functions using double precision Floating Point Unit        ////
////                                                             ////
////          muni_aditya@yahoo.com                                ////
////                                                             ////
/////////////////////////////////////////////////////////////////////
////                                                             ////
//// Copyright (C) 2013 Muni Aditya                           ////
////                  muni_aditya@yahoo.com                        ////
////                                                             ////
//// This source file may be used and distributed without        ////
//// restriction provided that this copyright statement is not   ////
//// removed from the file and that any derivative work contains ////
//// the original copyright notice and the associated disclaimer.////
////                                                             ////
////     THIS SOFTWARE IS PROVIDED ``AS IS'' AND WITHOUT ANY     ////
//// EXPRESS OR IMPLIED WARRANTIES, INCLUDING, BUT NOT LIMITED   ////
//// TO, THE IMPLIED WARRANTIES OF MERCHANTABILITY AND FITNESS   ////
//// FOR A PARTICULAR PURPOSE. IN NO EVENT SHALL THE AUTHOR      ////
//// OR CONTRIBUTORS BE LIABLE FOR ANY DIRECT, INDIRECT,         ////
//// INCIDENTAL, SPECIAL, EXEMPLARY, OR CONSEQUENTIAL DAMAGES    ////
//// (INCLUDING, BUT NOT LIMITED TO, PROCUREMENT OF SUBSTITUTE   ////
//// GOODS OR SERVICES; LOSS OF USE, DATA, OR PROFITS; OR        ////
//// BUSINESS INTERRUPTION) HOWEVER CAUSED AND ON ANY THEORY OF  ////
//// LIABILITY, WHETHER IN  CONTRACT, STRICT LIABILITY, OR TORT  ////
//// (INCLUDING NEGLIGENCE OR OTHERWISE) ARISING IN ANY WAY OUT  ////
//// OF THE USE OF THIS SOFTWARE, EVEN IF ADVISED OF THE         ////
//// POSSIBILITY OF SUCH DAMAGE.                                 ////
////                                                             ////
/////////////////////////////////////////////////////////////////////

`timescale 1ns / 100ps

`define INPUT_WIDTH 32

module tangent_lut (quad, enable, degrees, data, rst, clk);

input [1:0] quad;
input enable;
input rst;
input clk;
input [`INPUT_WIDTH-1:0] degrees ;

//////////////inputs/////////////////

output reg [63:0] data;

//////////////output/////////////////


always@(posedge clk )

// needs to be positive in first and third quadrants

 begin
        if (quad == 2'b01 || quad == 2'b11)
        begin
        data[63] <= 1'b1;
        end

        else
        begin
        data[63] <= 1'b0;
        end

	if(enable)
	case (degrees)

// look up table
	  
`INPUT_WIDTH'd0  : data[62:0] <= 64'h0000000000000000;
`INPUT_WIDTH'd1  : data[62:0] <= 64'h3f91dfbd9410a422;
`INPUT_WIDTH'd2  : data[62:0] <= 64'h3fa1e12295d61fc2;
`INPUT_WIDTH'd3  : data[62:0] <= 64'h3faad53144273e71;
`INPUT_WIDTH'd4  : data[62:0] <= 64'h3fb1e6b93a693204;
`INPUT_WIDTH'd5  : data[62:0] <= 64'h3fb665a8349d55e1;
`INPUT_WIDTH'd6  : data[62:0] <= 64'h3fbae81c75231d97;
`INPUT_WIDTH'd7  : data[62:0] <= 64'h3fbf6ecf19881d32;
`INPUT_WIDTH'd8  : data[62:0] <= 64'h3fc1fd3df8664fe5;
`INPUT_WIDTH'd9  : data[62:0] <= 64'h3fc445f0fbb1cf91;
`INPUT_WIDTH'd10 : data[62:0] <= 64'h3fc691e1ebc5cbbc;
`INPUT_WIDTH'd11 : data[62:0] <= 64'h3fc8e174375dceb6;
`INPUT_WIDTH'd12 : data[62:0] <= 64'h3fcb350dac76234b;
`INPUT_WIDTH'd13 : data[62:0] <= 64'h3fcd8d16c1491593;
`INPUT_WIDTH'd14 : data[62:0] <= 64'h3fcfe9fae1181f54;
`INPUT_WIDTH'd15 : data[62:0] <= 64'h3fd126145e9ecd56;
`INPUT_WIDTH'd16 : data[62:0] <= 64'h3fd25a0951873b22;
`INPUT_WIDTH'd17 : data[62:0] <= 64'h3fd391176b8feb5a;
`INPUT_WIDTH'd18 : data[62:0] <= 64'h3fd4cb7bfb4961ae;
`INPUT_WIDTH'd19 : data[62:0] <= 64'h3fd60976af8c1613;
`INPUT_WIDTH'd20 : data[62:0] <= 64'h3fd74b49cf3902d4;
`INPUT_WIDTH'd21 : data[62:0] <= 64'h3fd8913a75259d06;
`INPUT_WIDTH'd22 : data[62:0] <= 64'h3fd9db90d0ac0d40;
`INPUT_WIDTH'd23 : data[62:0] <= 64'h3fdb2a986b66229e;
`INPUT_WIDTH'd24 : data[62:0] <= 64'h3fdc7ea074a90a0c;
`INPUT_WIDTH'd25 : data[62:0] <= 64'h3fddd7fc13699ab1;
`INPUT_WIDTH'd26 : data[62:0] <= 64'h3fdf3702bf455cf3;
`INPUT_WIDTH'd27 : data[62:0] <= 64'h3fe04e0850c1dd5c;
`INPUT_WIDTH'd28 : data[62:0] <= 64'h3fe103c37f7ebedc;
`INPUT_WIDTH'd29 : data[62:0] <= 64'h3fe1bce655fbb9bf;
`INPUT_WIDTH'd30 : data[62:0] <= 64'h3fe279a74590331c;
`INPUT_WIDTH'd31 : data[62:0] <= 64'h3fe33a400c85af9d;
`INPUT_WIDTH'd32 : data[62:0] <= 64'h3fe3feee02d72515;
`INPUT_WIDTH'd33 : data[62:0] <= 64'h3fe4c7f26ed1d60d;
`INPUT_WIDTH'd34 : data[62:0] <= 64'h3fe59592e296c624;
`INPUT_WIDTH'd35 : data[62:0] <= 64'h3fe66819a3a0bf7a;
`INPUT_WIDTH'd36 : data[62:0] <= 64'h3fe73fd61d9df543;
`INPUT_WIDTH'd37 : data[62:0] <= 64'h3fe81d1d621eb710;
`INPUT_WIDTH'd38 : data[62:0] <= 64'h3fe9004ab6d5cc92;
`INPUT_WIDTH'd39 : data[62:0] <= 64'h3fe9e9c0346ca838;
`INPUT_WIDTH'd40 : data[62:0] <= 64'h3fead9e7783fbf1d;
`INPUT_WIDTH'd41 : data[62:0] <= 64'h3febd1326bb88d11;
`INPUT_WIDTH'd42 : data[62:0] <= 64'h3fecd01c246e405f;
`INPUT_WIDTH'd43 : data[62:0] <= 64'h3fedd729e0bf9cb7;
`INPUT_WIDTH'd44 : data[62:0] <= 64'h3feee6ec253d2462;
`INPUT_WIDTH'd45 : data[62:0] <= 64'h3fefffffffffffff;
`INPUT_WIDTH'd46 : data[62:0] <= 64'h3ff091883bfbf42d;
`INPUT_WIDTH'd47 : data[62:0] <= 64'h3ff1286c17acf49c;
`INPUT_WIDTH'd48 : data[62:0] <= 64'h3ff1c511a0db83e2;
`INPUT_WIDTH'd49 : data[62:0] <= 64'h3ff267e8b3f5da80;
`INPUT_WIDTH'd50 : data[62:0] <= 64'h3ff3116c3711527e;
`INPUT_WIDTH'd51 : data[62:0] <= 64'h3ff3c2238553dced;
`INPUT_WIDTH'd52 : data[62:0] <= 64'h3ff47aa413b0ee1d;
`INPUT_WIDTH'd53 : data[62:0] <= 64'h3ff53b9359d2f918;
`INPUT_WIDTH'd54 : data[62:0] <= 64'h3ff605a90c73ab78;
`INPUT_WIDTH'd55 : data[62:0] <= 64'h3ff6d9b1b96ce127;
`INPUT_WIDTH'd56 : data[62:0] <= 64'h3ff7b891d9a169b3;
`INPUT_WIDTH'd57 : data[62:0] <= 64'h3ff8a34971bd700d;
`INPUT_WIDTH'd58 : data[62:0] <= 64'h3ff99af8610e4106;
`INPUT_WIDTH'd59 : data[62:0] <= 64'h3ffaa0e385c196a8;
`INPUT_WIDTH'd60 : data[62:0] <= 64'h3ffbb67ae8584ca8;
`INPUT_WIDTH'd61 : data[62:0] <= 64'h3ffcdd612dd501f3;
`INPUT_WIDTH'd62 : data[62:0] <= 64'h3ffe1774a2562592;
`INPUT_WIDTH'd63 : data[62:0] <= 64'h3fff66da45fee3f0;
`INPUT_WIDTH'd64 : data[62:0] <= 64'h40006705b35391e7;
`INPUT_WIDTH'd65 : data[62:0] <= 64'h400127f33e8d12e5;
`INPUT_WIDTH'd66 : data[62:0] <= 64'h4001f7e220cc416f;
`INPUT_WIDTH'd67 : data[62:0] <= 64'h4002d8c9200b5686;
`INPUT_WIDTH'd68 : data[62:0] <= 64'h4003ccfa561175d3;
`INPUT_WIDTH'd69 : data[62:0] <= 64'h4004d738ef803785;
`INPUT_WIDTH'd70 : data[62:0] <= 64'h4005fad570f872d7;
`INPUT_WIDTH'd71 : data[62:0] <= 64'h40073bd2e9a270df;
`INPUT_WIDTH'd72 : data[62:0] <= 64'h40089f188bdcd7ad;
`INPUT_WIDTH'd73 : data[62:0] <= 64'h400a2ab4c713671d;
`INPUT_WIDTH'd74 : data[62:0] <= 64'h400be6398b3f2869;
`INPUT_WIDTH'd75 : data[62:0] <= 64'h400ddb3d742c2656;
`INPUT_WIDTH'd76 : data[62:0] <= 64'h40100b0a2833d3c5;
`INPUT_WIDTH'd77 : data[62:0] <= 64'h4011536e695dda91;
`INPUT_WIDTH'd78 : data[62:0] <= 64'h4012d18a8e2ff28e;
`INPUT_WIDTH'd79 : data[62:0] <= 64'h40149405f7cc6448;
`INPUT_WIDTH'd80 : data[62:0] <= 64'h4016af648056a133;
`INPUT_WIDTH'd81 : data[62:0] <= 64'h4019414813ba6629;
`INPUT_WIDTH'd82 : data[62:0] <= 64'h401c76237b025ae6;
`INPUT_WIDTH'd83 : data[62:0] <= 64'h402049e7c666e3fe;
`INPUT_WIDTH'd84 : data[62:0] <= 64'h4023075ac71a38c8;
`INPUT_WIDTH'd85 : data[62:0] <= 64'h4026dc2fd0bfdbd5;
`INPUT_WIDTH'd86 : data[62:0] <= 64'h402c99f0ed772d54;
`INPUT_WIDTH'd87 : data[62:0] <= 64'h403314c55fbc4c58;
`INPUT_WIDTH'd88 : data[62:0] <= 64'h403ca2e17ec21843;
`INPUT_WIDTH'd89 : data[62:0] <= 64'h404ca51d76749a49;
`INPUT_WIDTH'd90 : data[62:0] <= 64'h7ff0000000000000;

default:data <= 64'h0;

endcase


else 
  data <= 64'hxxxxxxxxxxxxxxx;



end

endmodule
/////////////////////////////////////////////////////////////////////
////                                                             ////
////                                                          ////
////  Trigonometric functions using double precision Floating Point Unit        ////
////                                                             ////
////          muni_aditya@yahoo.com                                ////
////                                                             ////
/////////////////////////////////////////////////////////////////////
////                                                             ////
//// Copyright (C) 2013 Muni Aditya                           ////
////                  muni_aditya@yahoo.com                        ////
////                                                             ////
//// This source file may be used and distributed without        ////
//// restriction provided that this copyright statement is not   ////
//// removed from the file and that any derivative work contains ////
//// the original copyright notice and the associated disclaimer.////
////                                                             ////
////     THIS SOFTWARE IS PROVIDED ``AS IS'' AND WITHOUT ANY     ////
//// EXPRESS OR IMPLIED WARRANTIES, INCLUDING, BUT NOT LIMITED   ////
//// TO, THE IMPLIED WARRANTIES OF MERCHANTABILITY AND FITNESS   ////
//// FOR A PARTICULAR PURPOSE. IN NO EVENT SHALL THE AUTHOR      ////
//// OR CONTRIBUTORS BE LIABLE FOR ANY DIRECT, INDIRECT,         ////
//// INCIDENTAL, SPECIAL, EXEMPLARY, OR CONSEQUENTIAL DAMAGES    ////
//// (INCLUDING, BUT NOT LIMITED TO, PROCUREMENT OF SUBSTITUTE   ////
//// GOODS OR SERVICES; LOSS OF USE, DATA, OR PROFITS; OR        ////
//// BUSINESS INTERRUPTION) HOWEVER CAUSED AND ON ANY THEORY OF  ////
//// LIABILITY, WHETHER IN  CONTRACT, STRICT LIABILITY, OR TORT  ////
//// (INCLUDING NEGLIGENCE OR OTHERWISE) ARISING IN ANY WAY OUT  ////
//// OF THE USE OF THIS SOFTWARE, EVEN IF ADVISED OF THE         ////
//// POSSIBILITY OF SUCH DAMAGE.                                 ////
////                                                             ////
/////////////////////////////////////////////////////////////////////

`timescale 1ns / 100ps

`define INPUT_WIDTH 32

module top( enable, degrees, data1, rst, actv, clk) ;


input enable;
input [`INPUT_WIDTH-1:0] degrees ;
input rst;
input [2:0] actv;
input clk;

//////////////inputs/////////////////

output reg [63:0] data1;

//////////////output/////////////////


reg [63:0] data;
reg [`INPUT_WIDTH-1:0] half_wave;
reg [`INPUT_WIDTH-1:0] full_wave;
reg [63:0] data_tmp;
reg [`INPUT_WIDTH-1:0] degrees_tmp1;
reg [`INPUT_WIDTH-1:0] degrees_tmp2;
reg [1:0] quad;
reg sin_enable, cos_enable, tan_enable, csc_enable, sec_enable, cot_enable;

//////////////registers/////////////////

wire [63:0] data_sin, data_cos, data_tan, data_csc, data_sec, data_cot;
wire [`INPUT_WIDTH-1:0] divider_out;

//////////////wires/////////////////


sine_lut      a1 (.quad(quad), .enable(sin_enable) , .degrees(degrees_tmp2) , .data(data_sin), .rst(rst), .clk(clk));

cosine_lut    a2 (.quad(quad), .enable(cos_enable) , .degrees(degrees_tmp2) , .data(data_cos), .rst(rst), .clk(clk));

tangent_lut   a3 (.quad(quad), .enable(tan_enable) , .degrees(degrees_tmp2) , .data(data_tan), .rst(rst), .clk(clk));

cosecant_lut  a4 (.quad(quad), .enable(csc_enable) , .degrees(degrees_tmp2) , .data(data_csc), .rst(rst), .clk(clk));

secant_lut    a5 (.quad(quad), .enable(sec_enable) , .degrees(degrees_tmp2) , .data(data_sec), .rst(rst), .clk(clk));

cotangent_lut a6 (.quad(quad), .enable(cot_enable) , .degrees(degrees_tmp2) , .data(data_cot), .rst(rst), .clk(clk));

dividor a7 (.clk(clk), .inp(degrees), .rst(rst), .out(divider_out));
  
  

    

always@(posedge clk)

begin

	if (rst)
	begin
	
	sin_enable	<= 0;
	cos_enable	<= 0;
	tan_enable	<= 0;
	csc_enable	<= 0;
	sec_enable	<= 0;
	cot_enable	<= 0;
	
	end

	else
	begin
	sin_enable <= (actv == 3'b000) ? enable : 1'b0 ;
	cos_enable <= (actv == 3'b001) ? enable : 1'b0 ;
	tan_enable <= (actv == 3'b010) ? enable : 1'b0 ;
	csc_enable <= (actv == 3'b011) ? enable : 1'b0 ;
	sec_enable <= (actv == 3'b100) ? enable : 1'b0 ;
	cot_enable <= (actv == 3'b101) ? enable : 1'b0 ;
	end
end



 /////////// degress calculation////////////
 
 always@(posedge clk)
  begin
    if( degrees > `INPUT_WIDTH'd360)
	begin
	  
//////////////// If input value greater than 360 ///////////////
	  
  if (divider_out > `INPUT_WIDTH'd270)
	begin
	quad <= 2'b11;
	degrees_tmp2 <= divider_out - `INPUT_WIDTH'd270;
   	end
   else

	if (divider_out > `INPUT_WIDTH'd180 && (divider_out < `INPUT_WIDTH'd270 || divider_out == `INPUT_WIDTH'd270))
	begin
	quad <= 2'b10;
	degrees_tmp2 <= divider_out - `INPUT_WIDTH'd180;
	end
	else
	  
	if (divider_out > `INPUT_WIDTH'd90 && (divider_out < `INPUT_WIDTH'd180 || divider_out == `INPUT_WIDTH'd180))
		begin
		degrees_tmp2 <= `INPUT_WIDTH'd180 - divider_out;
		quad <= 2'b01;
		end
	else
		begin
		degrees_tmp2 <= divider_out;
		quad <= 2'b00;
		end
	end  // >360
	////////////////////////end of divider///////////////////
   else

 

////////////// If input value is between 181 and 360//////////
  
   if (degrees > `INPUT_WIDTH'd180 && (degrees < `INPUT_WIDTH'd360 || degrees == `INPUT_WIDTH'd360))
	begin
	degrees_tmp1 <= degrees - `INPUT_WIDTH'd180;
	
	begin
	  if(degrees_tmp1 >`INPUT_WIDTH'd90)
	    begin
	      quad <= 2'b11;
	      degrees_tmp2 <= `INPUT_WIDTH'd180 - degrees_tmp1;
	      end
	      
	      else
	        begin
	          quad <= 2'b10;
	        degrees_tmp2 <= degrees_tmp1;
	         end
	         
	         end
	
	end
   else

//////////// If input value is between 91 and 180//////////////

   if (degrees > `INPUT_WIDTH'd90 && (degrees < `INPUT_WIDTH'd180 || degrees == `INPUT_WIDTH'd180))
	begin
	quad <= 2'b01;
	degrees_tmp2 <= `INPUT_WIDTH'd180 - degrees;
	end
   else

	begin
	quad <= 2'b00;
	degrees_tmp2 <= degrees;
	end
 	
end		
      
 always@(posedge clk)

  begin
    case (actv)
3'b000:         data1 <= data_sin;
3'b001:         data1 <= data_cos;
3'b010:         data1 <= data_tan;
3'b011:         data1 <= data_csc;
3'b100:         data1 <= data_sec;
3'b101:         data1 <= data_cot;
default:        data1 <= 0;
endcase


end


endmodule